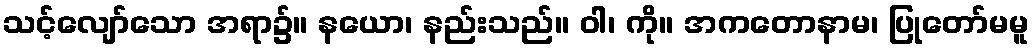
သင့်လျော်သော အရာ၌။ နယော၊ နည်းသည်။ ဝါ၊ ကို။ အကတောနာမ၊ ပြုတော်မမူ